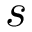
s